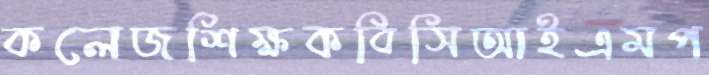
কলেজশিক্ষকবিসিআইএমপ